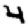
Digit: 4